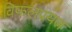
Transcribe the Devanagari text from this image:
विफलप्रयत्न